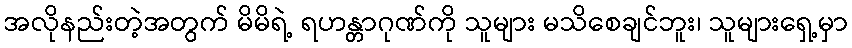
အလိုနည်းတဲ့အတွက် မိမိရဲ့ ရဟန္တာဂုဏ်ကို သူများ မသိစေချင်ဘူး၊ သူများရှေ့မှာ